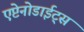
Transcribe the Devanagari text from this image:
एप्टेनोडाईट्स